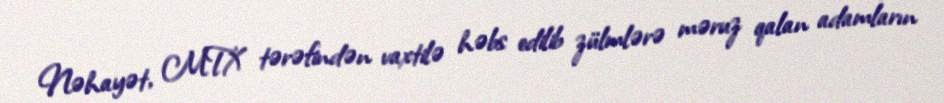
Nəhayət, MTX tərəfindən vaxtilə həbs edilib zülmlərə məruz qalan adamların